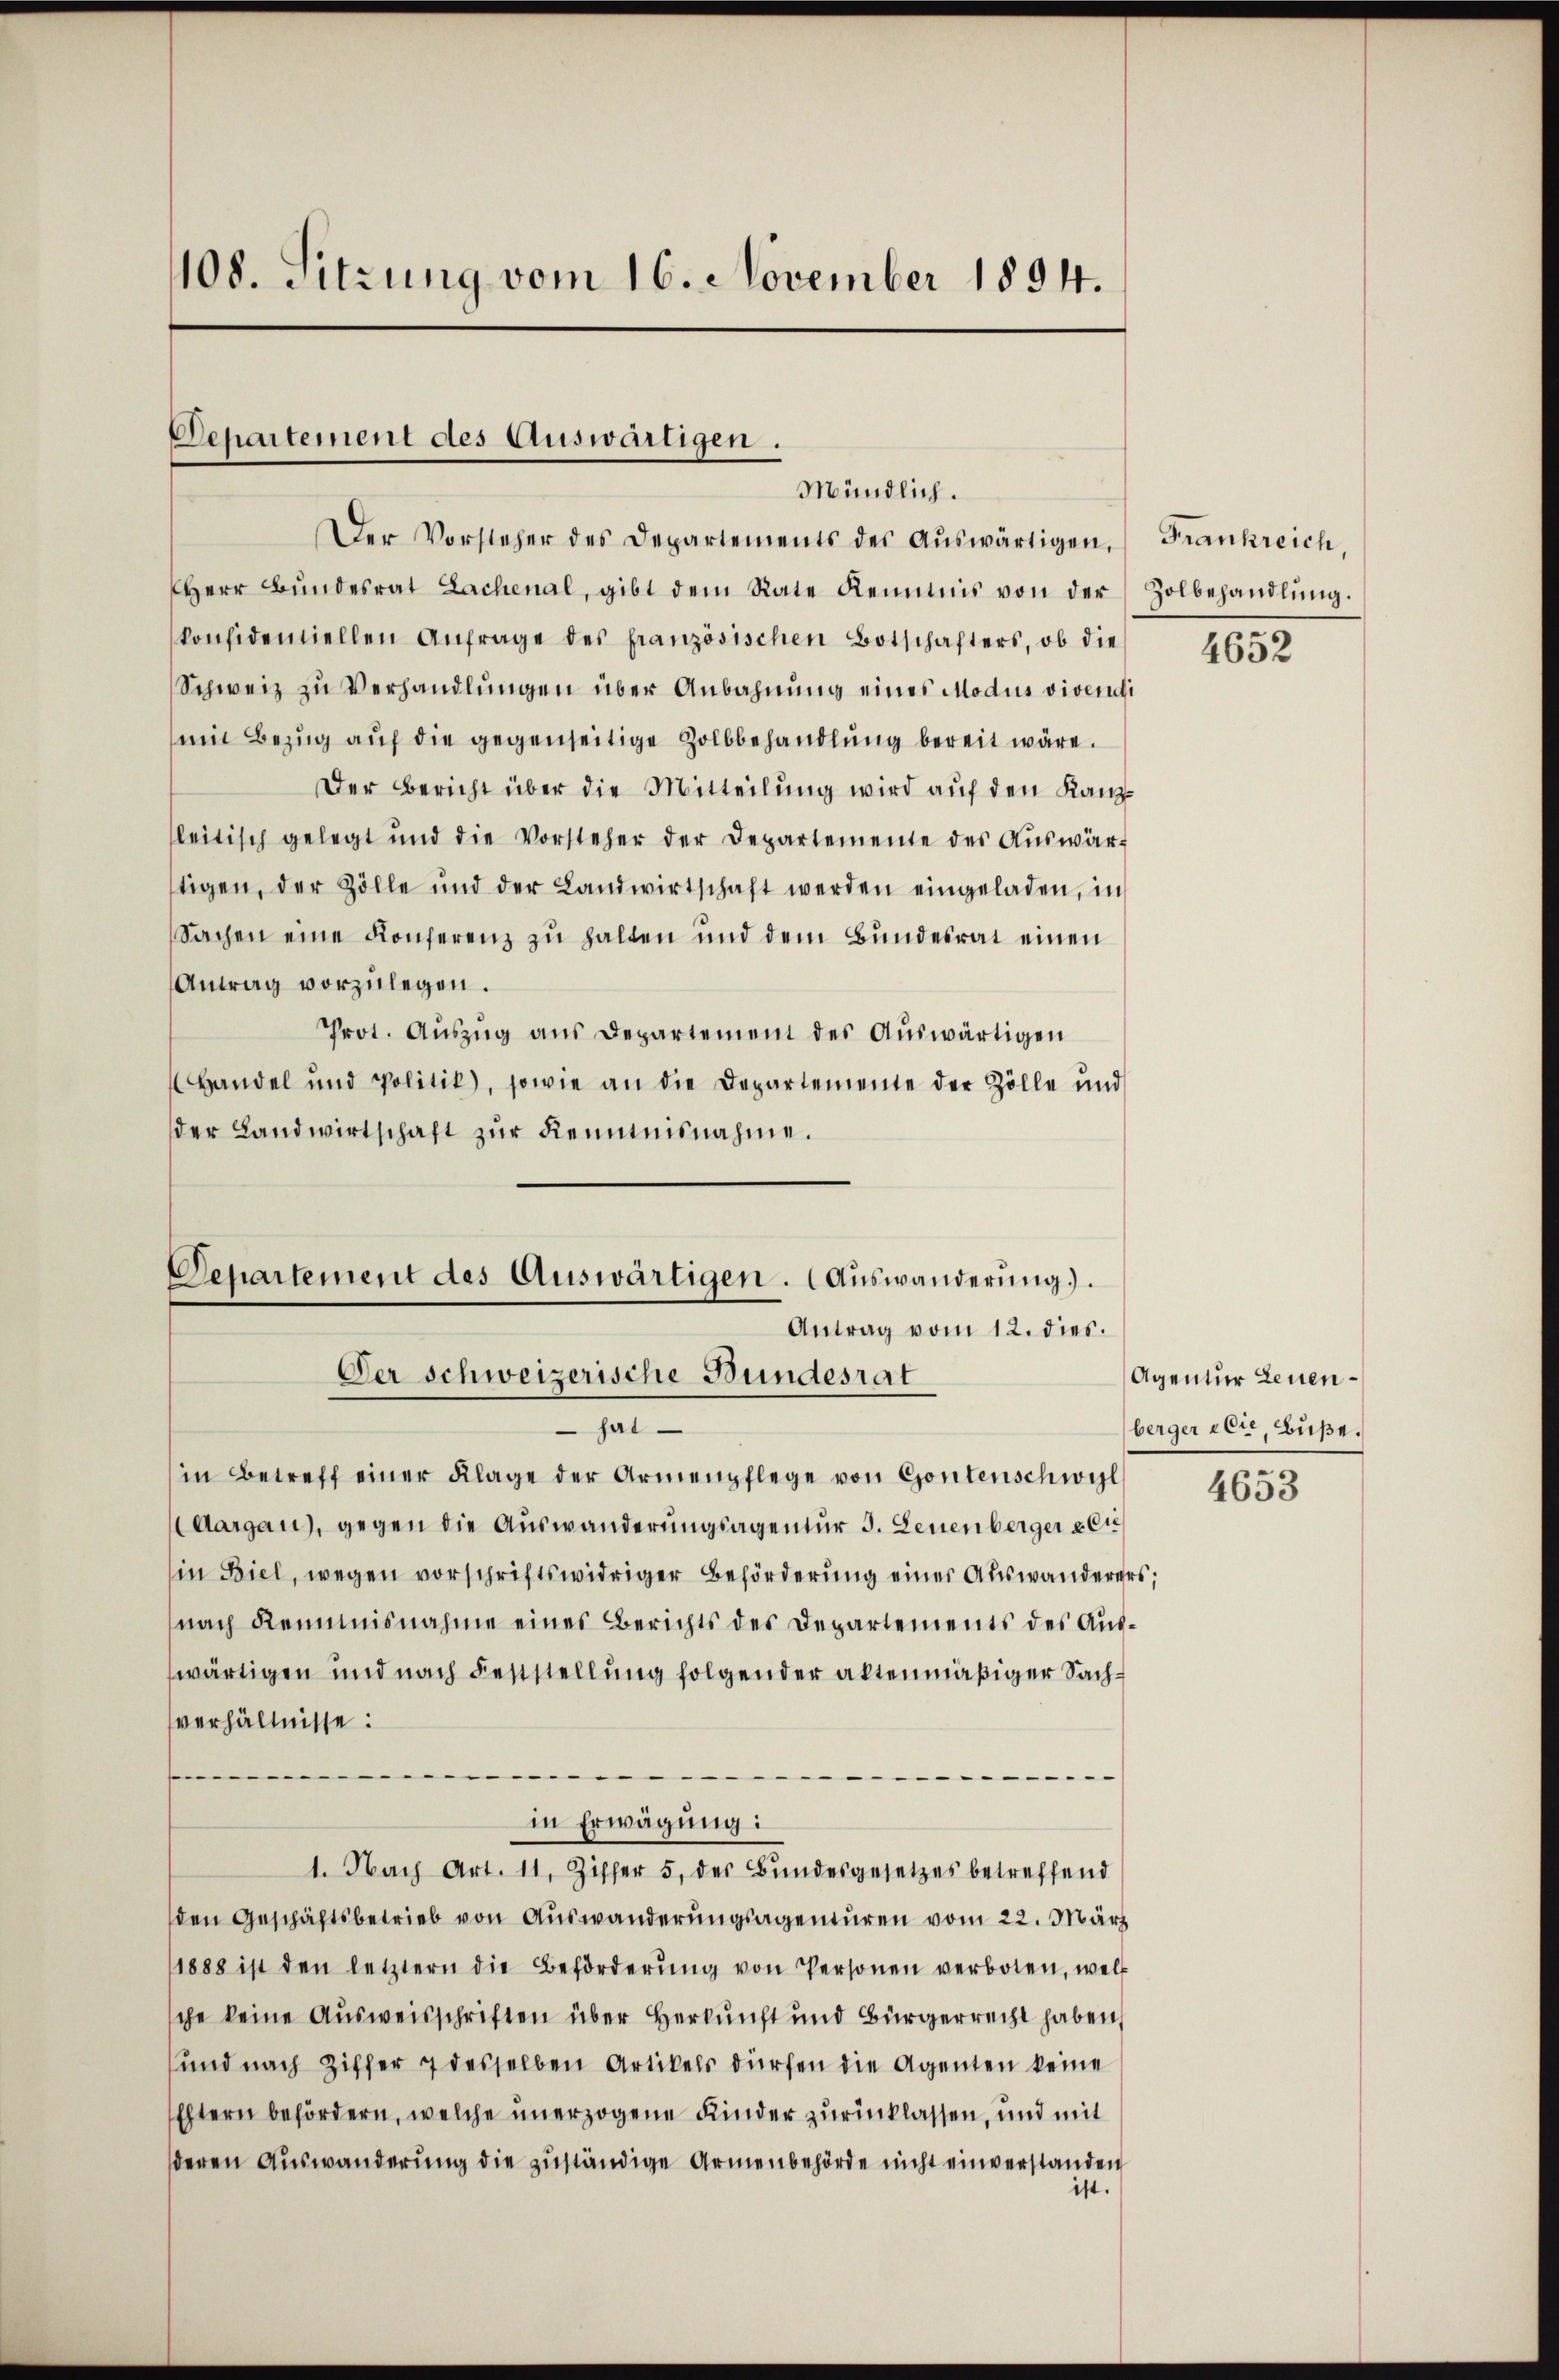
1108. Sitzung vom 16. November 1894.

Departement des Auswärtigen.
Mündlich.

Der Vorsteher des Departements des aŭswärtigen, Frankreich,
Herr Bundesrat Lachenal, gibt dem Rate Kenntnis von der Zolbehandlung.
konfidentiellen Anfrage des französischen Botschafters, ob die
Schweiz zu Verhandlungen über Anbahnung eines Modus vivendi
min Bezŭg aŭf die gegenseitige Zollbehandlung bereit wäre.
Der Bericht über die Mitteilŭng wird aŭf den Kanzsleitisch gelegt und die Vorsteher der Departemente des Aŭswär-
stigen, der Zölle und der Landwirtschaft werden eingeladen, in
Sachen eine Konferenz zu halten und dem Bundesrat einen
Antrag vorzulegen.
Prot. Aŭszŭg ans Departement des Auswärtigen
Handel und Politik, sowie an die Departemente der Zölle und
der Landwirtschaft zur Kenntnisnahme.

hat
in Betreff einer Klage der Armenpflege von Gontenschwel
aargau), gegen die Auswanderungsagentur 3. Leuenberger & Cie
(in Biel, wegen vorschriftswidriger Beförderung einer Auswanderers;
nach Remmnisnahme eines Berichts des Departements des Auswärtigen und nach Feststellung folgender altenmäßiger Sachsverhältnisse:
.
/
in Erwägung:
1. Nach Art. 11. Ziffer 5. der Bŭndesgesetzes betreffend
den Geschäftsbetrieb von Auswanderungsagenturen vom 22. März
1888 ist den letztern die Beförderŭng von Personen verboten, wel
sche keine Ausweisschriften über Herkunft und Bürgerrecht haben,
und nach Ziffer 7 desselben Artikels dürfen die Agenten keine
Eltern befördern, welche unerzogene Kinder zurücklassen, und mit
deren Auswanderung die zuständige Armenbehörde nicht einverstanden
ist.

Departement des Auswärtigen. (Auswanderung.
Antrag vom 12. dies.
Der schweizerische Bundesrat

4652

Agentur Leuenberger elte, Büße.

4653